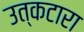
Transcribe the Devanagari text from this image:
उत्कटारा